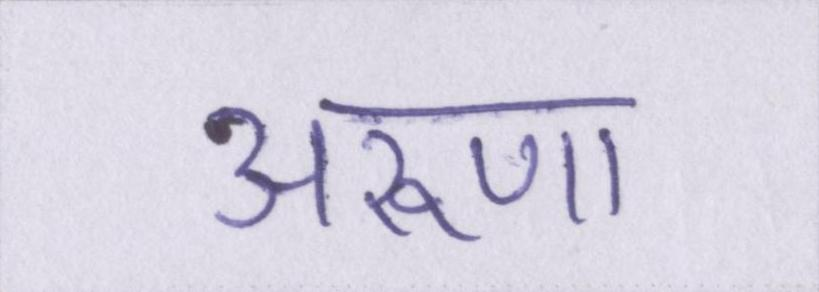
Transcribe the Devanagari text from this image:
अरूणा